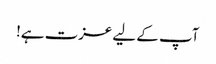
آپ کے لیے عزت ہے!